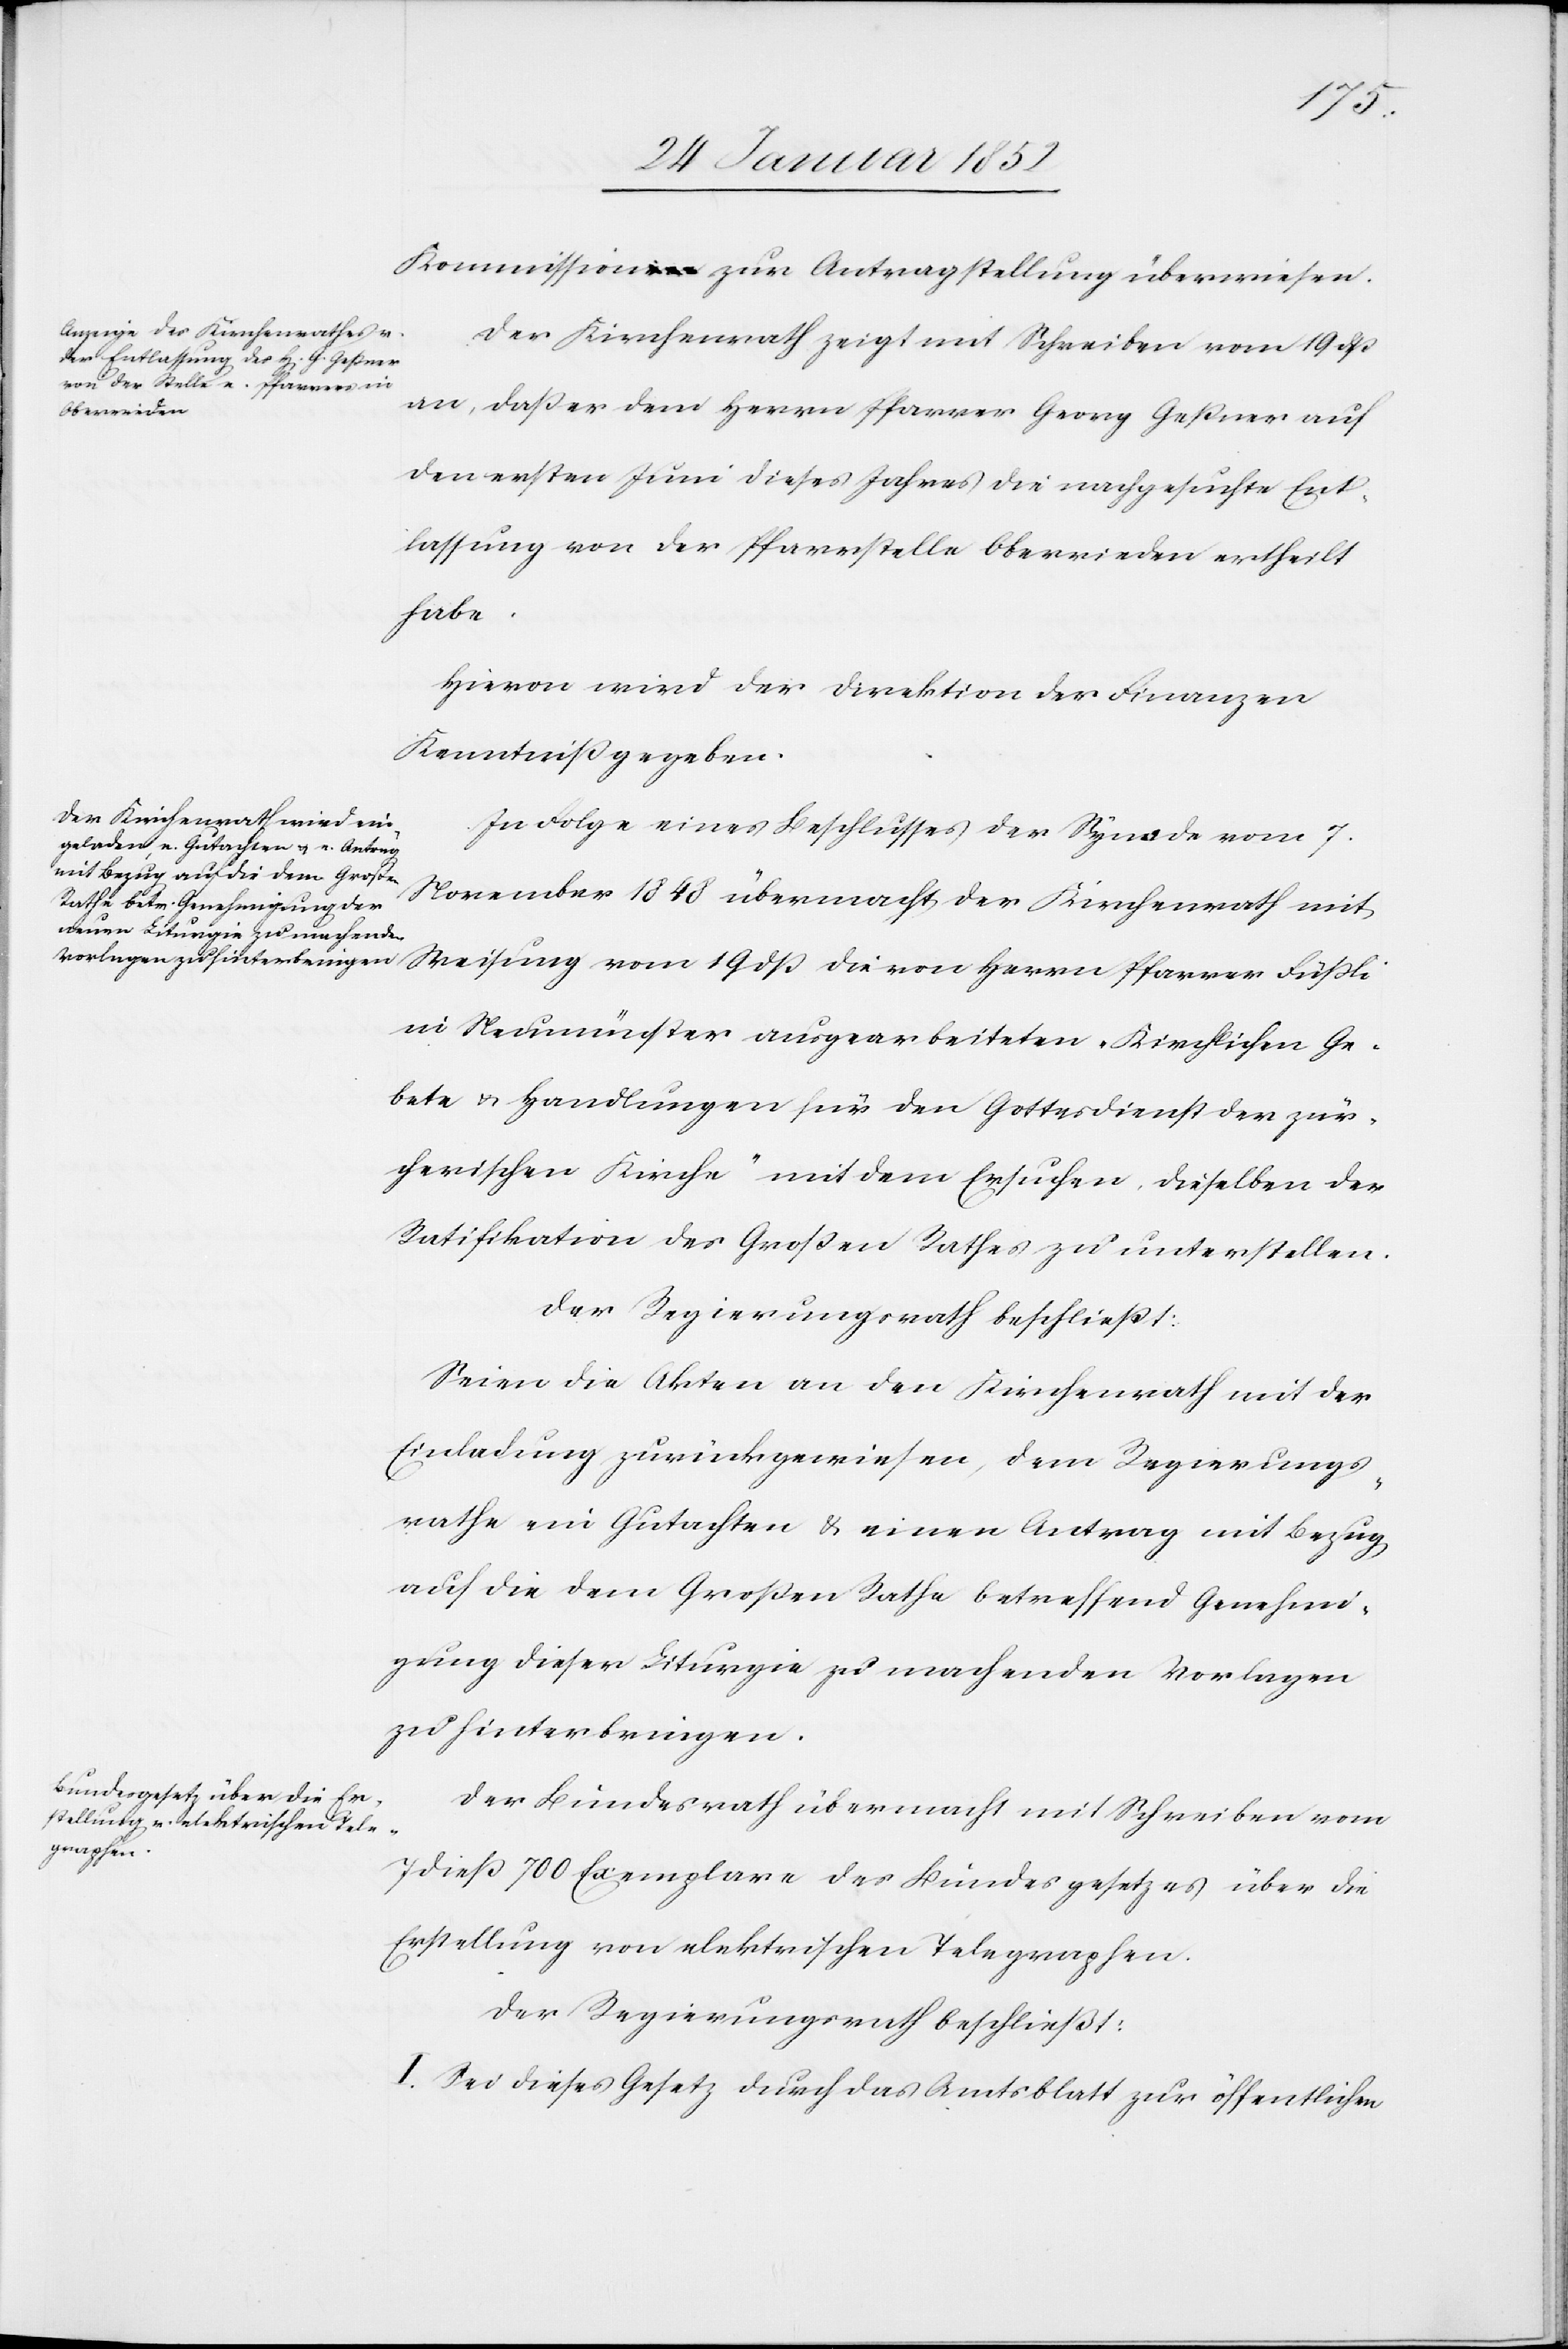
Kommission zur Antragstellung überwiesen.
Der Kirchenrath zeigt mit Schreiben vom 19 dß
an, daß er dem Herrn Pfarrer Georg Geßner auf
den ersten Juni dieses Jahres die nachgesuchte Ent¬
lassung von der Pfarrstelle Oberrieden ertheilt
habe.
Hiervon wird der Direktion der Finanzen
Kenntniß gegeben.
In Folge eines Beschlußes der Synode vom 7.
November 1848 übermacht der Kirchenrath mit
in Neumünster ausgearbeiteten „Kirchlichen Ge¬
bete u. Handlungen für den Gottesdienst der zür¬
cherischen Kirche“ mit dem Ersuchen, dieselben der
Ratifikation des Großen Rathes zu unterstellen.
Der Regierungsrath beschließt:
Seien die Akten an den Kirchenrath mit der
Einladung zurückgewiesen, dem Regierungs¬
rathe ein Gutachten u. einen Antrag mit Bezug
auf die dem Großen Rathe betreffend Genehmi¬
gung dieser Liturgie zu machenden Vorlagen
zu hinterbringen.
Der Bundesrath übermacht mit Schreiben vom
7 dieß 700 Exemplare des Bundesgesetzes über die
Erstellung von elektrischen Telegraphen.
Der Regierungsrath beschließt:
I. Sei dieses Gesetz durch das Amtsblatt zur öffentlichen